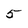
Character: 5